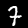
Label: 7